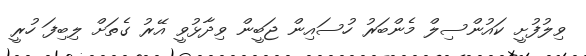
ވިލުފުށީ ކައުންސިލް މެންބަރު ހުސައިން ޖަބީން ވިދާޅުވީ އޭރު ގެތަށް ލިބިފަ ހުރީ